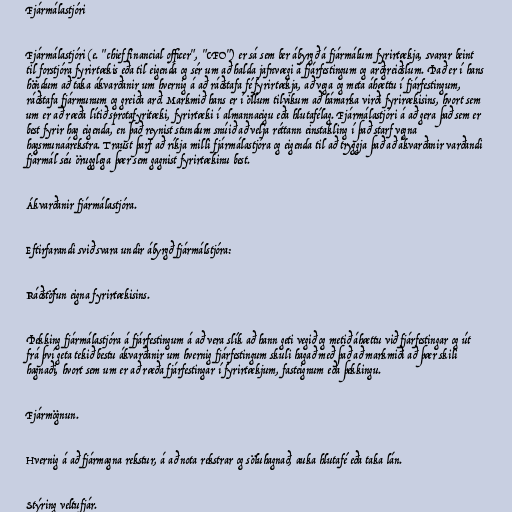
Fjármálastjóri

Fjármálastjóri (e. "chief financial officer", "CFO") er sá sem ber ábyrgð á fjármálum fyrirtækja, svarar beint
til forstjóra fyrirtækis eða til eigenda og sér um að halda jafnvægi á fjárfestingum og arðgreiðslum. Það er í hans
höndum að taka ákvarðanir um hvernig á að ráðstafa fé fyrirtækja, að vega og meta áhættu í fjárfestingum,
ráðstafa fjármunum og greiða arð. Markmið hans er í öllum tilvikum að hámarka virði fyrirækisins, hvort sem
um er að ræða lítið sprotafyritæki, fyrirtæki í almannaeigu eða hlutafélag. Fjármálastjóri á að gera það sem er
best fyrir hag eigenda, en það reynist stundum snúið að velja réttann einstakling í það starf vegna
hagsmunaárekstra. Traust þarf að ríkja milli fjármálastjóra og eigenda til að tryggja það að ákvarðanir varðandi
fjármál séu örugglega þær sem gagnist fyrirtækinu best.

Ákvarðanir fjármálastjóra.

Eftirfarandi svið svara undir ábyrgð fjármálstjóra:

Ráðstöfun eigna fyrirtækisins.

Þekking fjármálastjóra á fjárfestingum á að vera slík að hann geti vegið og metið áhættu við fjárfestingar og út
frá því geta tekið bestu ákvarðanir um hvernig fjárfestingum skuli hagað með það að markmiði að þær skili
hagnaði, hvort sem um er að ræða fjárfestingar í fyrirtækjum, fasteignum eða þekkingu.

Fjármögnun.

Hvernig á að fjármagna rekstur, á að nota rekstrar og söluhagnað, auka hlutafé eða taka lán.

Stýring veltufjár.